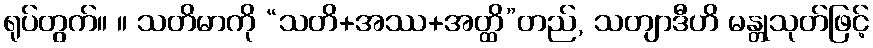
ရုပ်တွက်။ ။ သတိမာကို “သတိ+အဿ+အတ္ထိ”တည်, သတျာဒီဟိ မန္တုသုတ်ဖြင့်